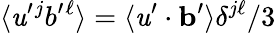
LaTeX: \langle{\mathit{u}^{\prime}{}^{j}b^{\prime}{}^{\ell}}\rangle=\langle{{\mathbf{{\mathit{u}}}}^{\prime}\cdot{\mathbf{{b}}}^{\prime}}\rangle\delta^{j\ell}/3